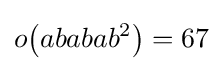
o{\bigl (}ababab^{2}{\bigr )}=67